65_HS1-834228961_62-HQ-83894_Section_5
Agency: FBI
Page 84
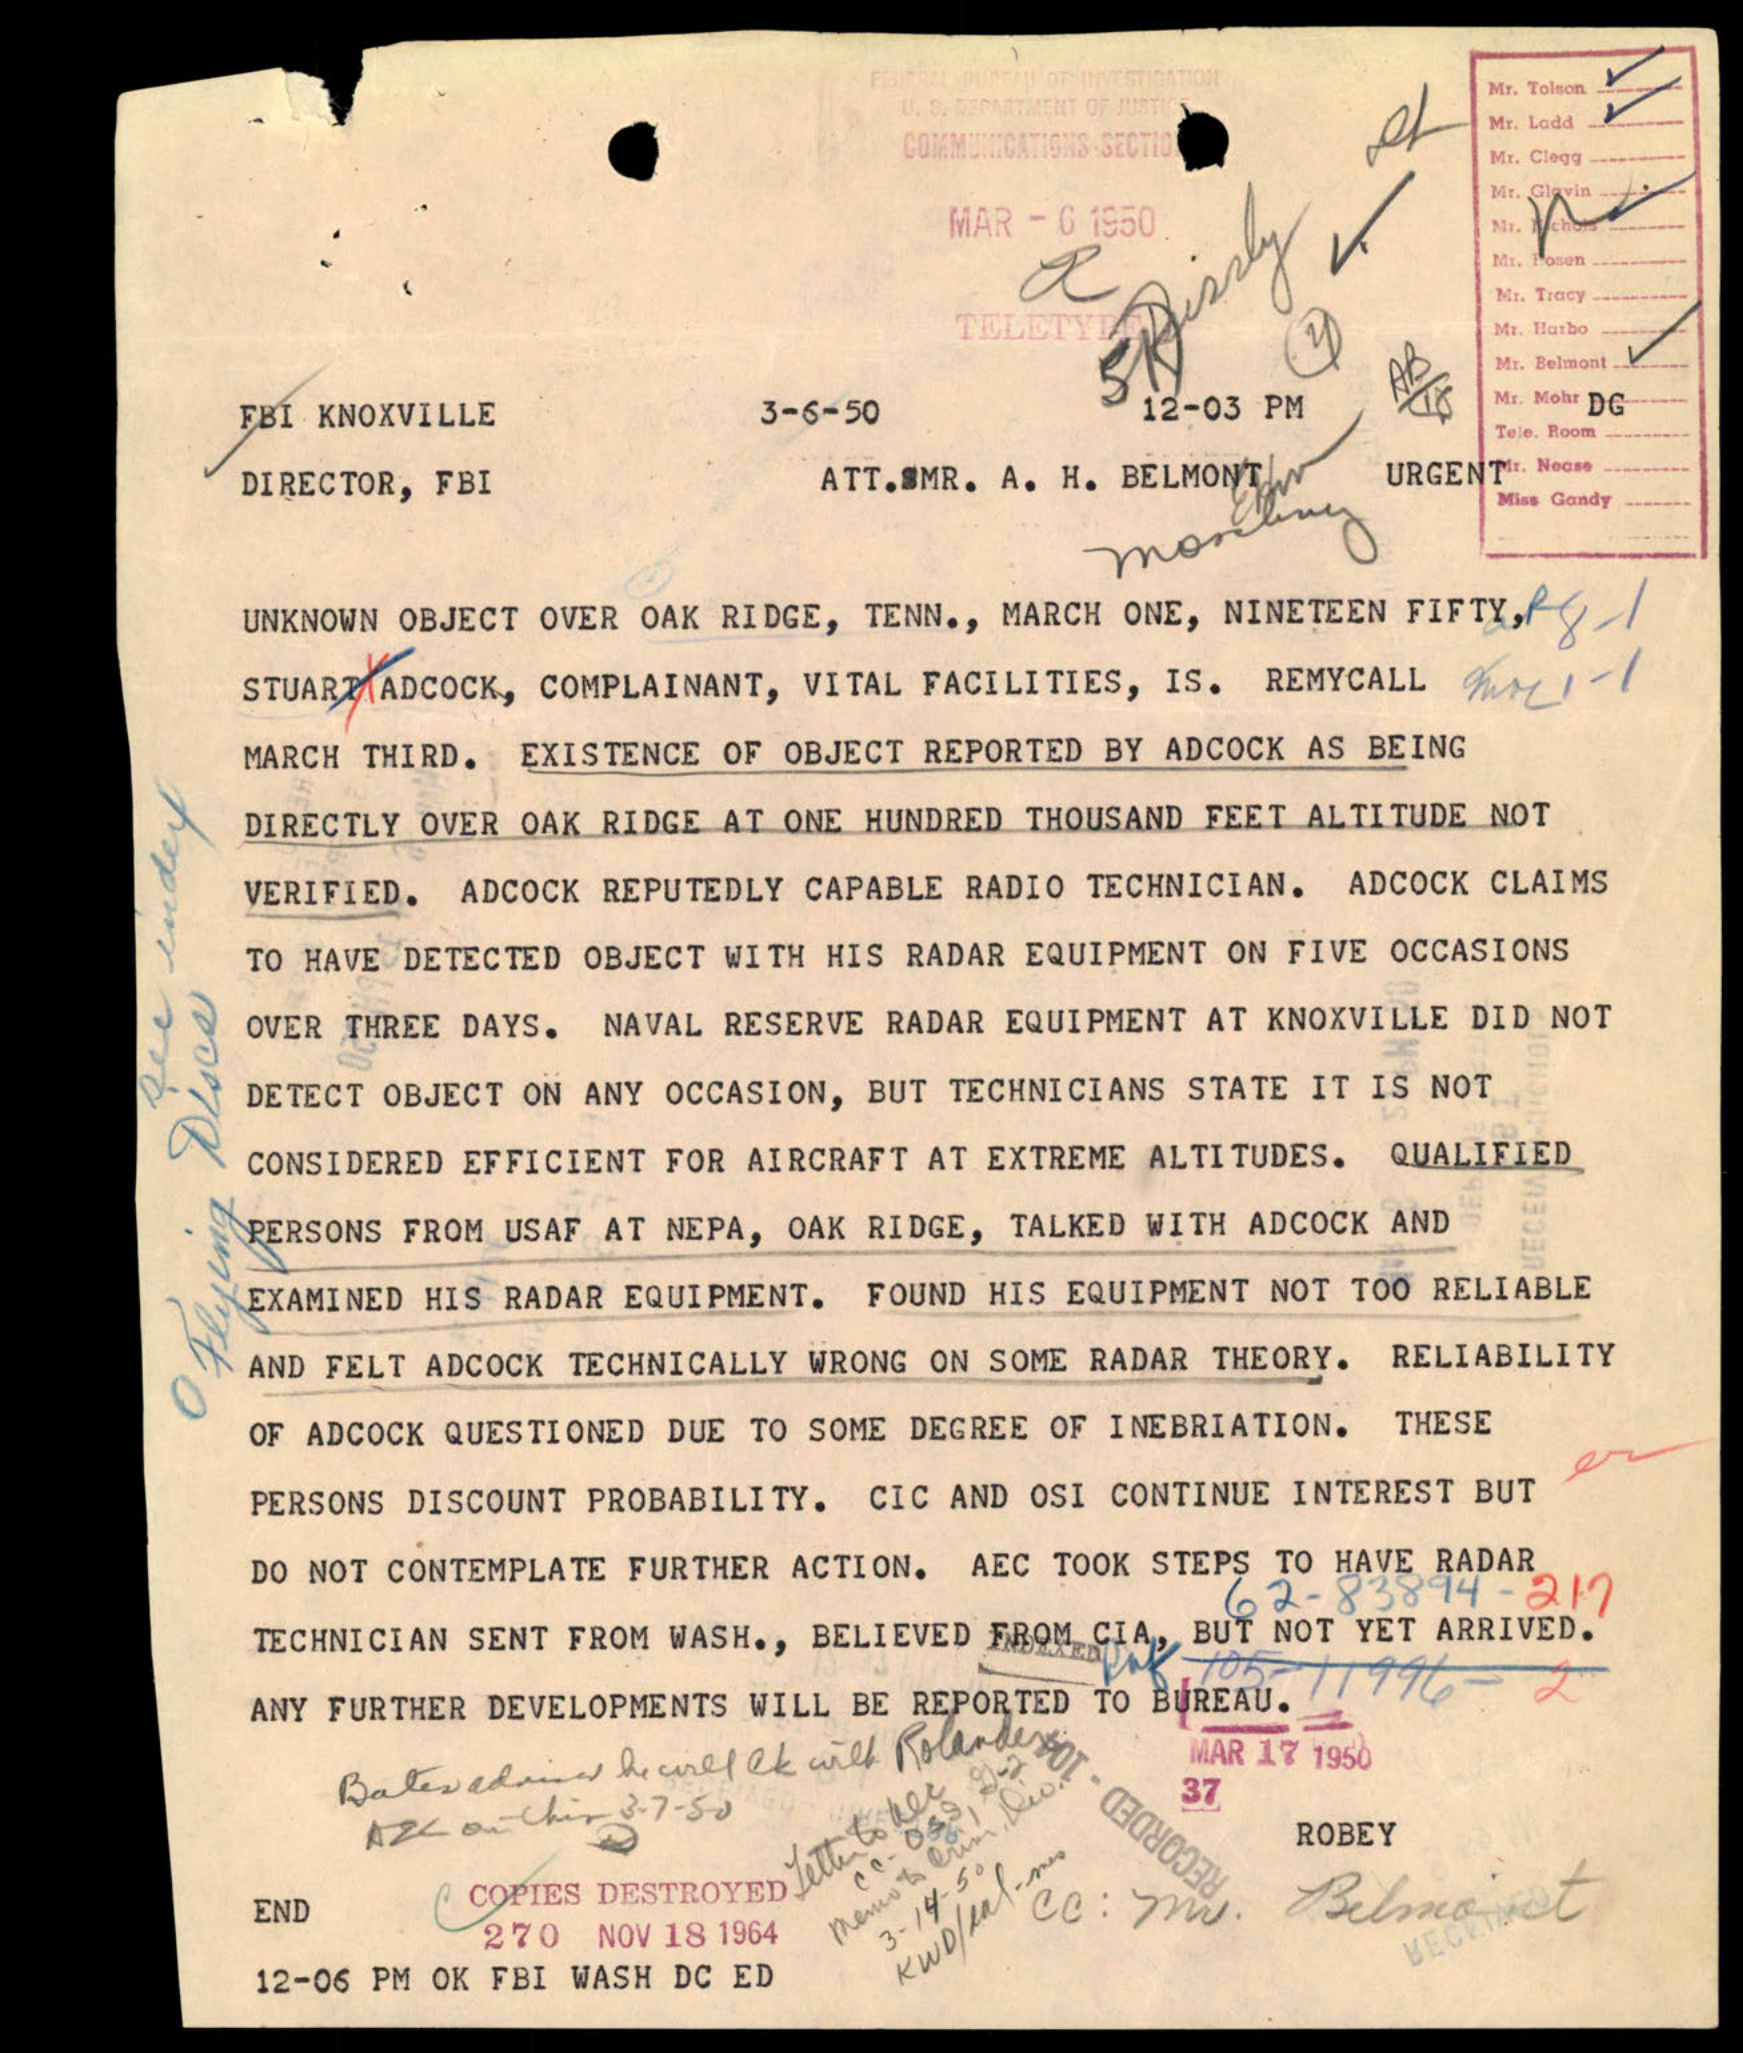